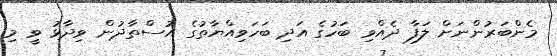
މެންބަރުންނަށް ލަފާ ދެއްވި ބަހުގެ އަދި ބަހަވިއްޔާތުގެ އުސްތާޛުން ވިދާޅު ވީ މި